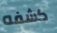
كشفه